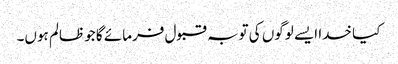
کیا خدا ایسے لوگوں کی توبہ قبول فرمائے گا جو ظالم ہوں۔